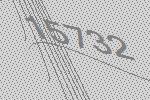
15732